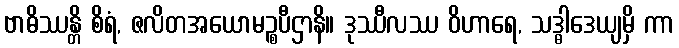
ဗာဓိဿန္တိ စိရံ, ဇလိတအယောမဉ္စပီဌာနိ။ ဒုဿီလဿ ဝိဟာရေ, သဒ္ဓါဒေယျမှိ ကာ